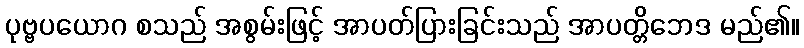
ပုဗ္ဗပယောဂ စသည် အစွမ်းဖြင့် အာပတ်ပြားခြင်းသည် အာပတ္တိဘေဒ မည်၏။